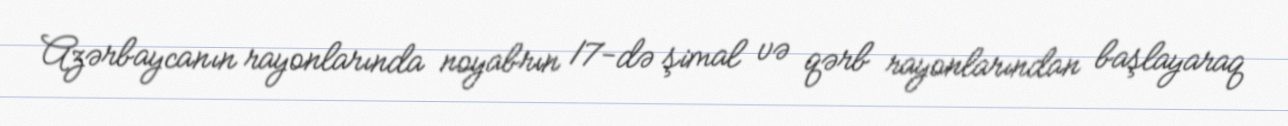
Azərbaycanın rayonlarında noyabrın 17-də şimal və qərb rayonlarından başlayaraq